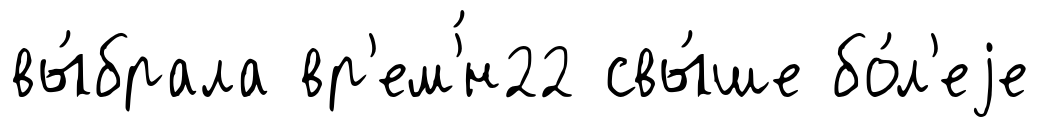
вы́брала вр'ем'́н22 свы́ше бо́л'еjе